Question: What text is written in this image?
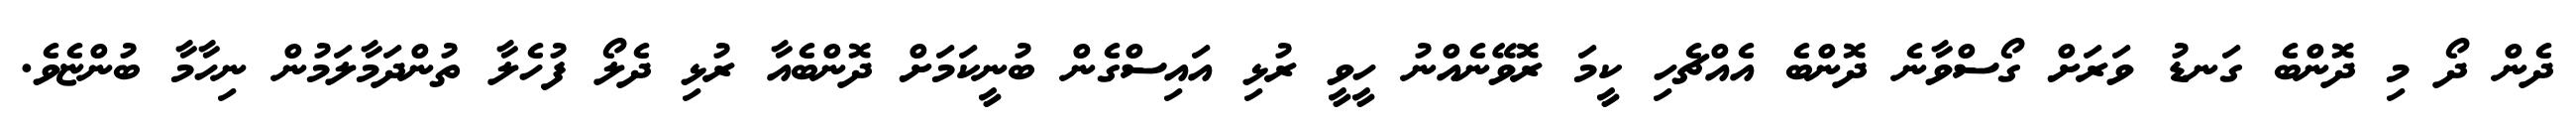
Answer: ދެން ދޯ މި ދޮންބެ ގަނޑު ވަރަށް ގޯސްވާނެ ދޮންބެ އެއްޗެހި ކީމަ ރޮވޭނެއްނު ހީވީ ރުޅި އައިސްގެން ބުނީކަމަށް ދޮންބެއާ ރުޅި ދެލޯ ފުހެލާ ތުންދަމާލަމުން ނިހާމާ ބުންޏެވެ.